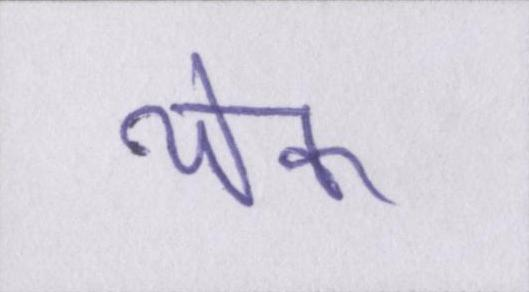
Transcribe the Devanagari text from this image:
येक